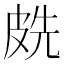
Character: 𭽧